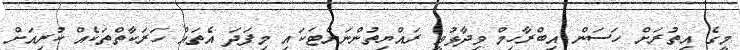
މީގެ އިތުރަށް ހަސަން އިބްރާހިމް ވިދާޅުވީ ރައްޔިތުންނަށްޓަކައި މިފަދަ އެތައް ހަރަކާތްތަކެއް ކުރިއަށް